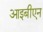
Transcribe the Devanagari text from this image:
आइबीएन